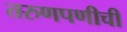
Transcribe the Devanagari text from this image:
तरुणपणीची